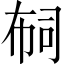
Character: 𢃊